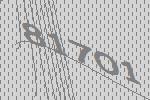
81701